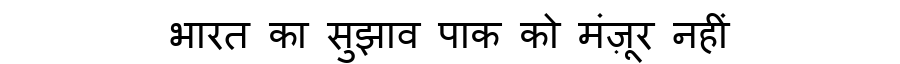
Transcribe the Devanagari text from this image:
भारत का सुझाव पाक को मंज़ूर नहीं